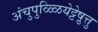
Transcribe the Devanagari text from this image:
अंचुपुळ्ळियेट्टेषु़त्तु